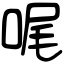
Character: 𠳿